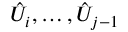
\hat { U } _ { i } , \dotsc , \hat { U } _ { j - 1 }